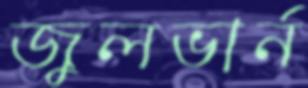
জুলভার্ন